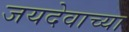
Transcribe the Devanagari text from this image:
जयदेवाच्या